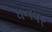
ધનવર